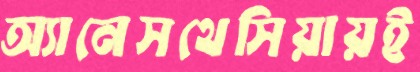
অ্যানেসথেসিয়ায়ই